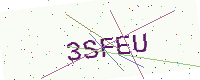
Text: 3SFEU